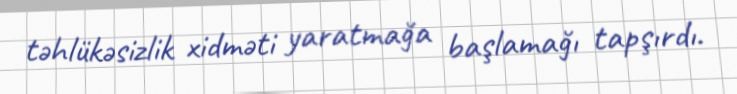
təhlükəsizlik xidməti yaratmağa başlamağı tapşırdı.